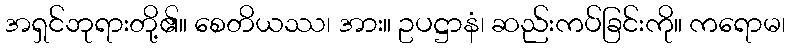
အရှင်ဘုရားတို့၏။ စေတိယဿ၊ အား။ ဥပဋ္ဌာနံ၊ ဆည်းကပ်ခြင်းကို။ ကရောမ၊